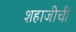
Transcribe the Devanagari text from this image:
शहाजीची